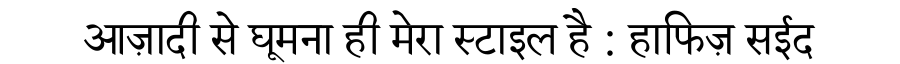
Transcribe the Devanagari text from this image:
आज़ादी से घूमना ही मेरा स्टाइल है : हाफिज़ सईद